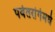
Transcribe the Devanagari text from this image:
पर्वतरांगेमधे